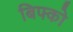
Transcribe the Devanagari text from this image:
बिफ्को